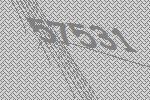
57531